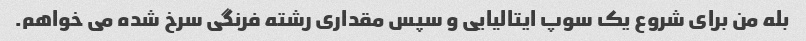
بله من برای شروع یک سوپ ایتالیایی و سپس مقداری رشته فرنگی سرخ شده می خواهم.